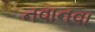
નવાનવા